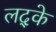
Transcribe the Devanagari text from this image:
लद्के